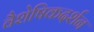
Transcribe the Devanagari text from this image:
वैशेषिकदर्शन